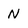
Character: N